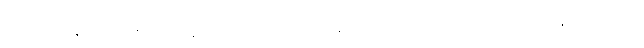
နည်းသွားနိုင်တဲ့အတွက် မြန်မာကို သွယ်ဝိုက်ထိခိုက်တာပဲ လို့ အထည်ချုပ်လုပ်ငန်းရှင်တစ်ဦး